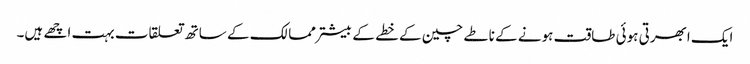
ایک ابھرتی ہوئی طاقت ہونے کے ناطے چین کے خطے کے بیشتر ممالک کے ساتھ تعلقات بہت اچھے ہیں۔